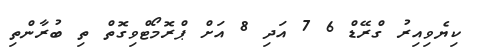
ކިޔެވިއިރު ގްރޭޑް 6 7 އަދި 8 އަށް ޕްރޮމޯޓްވިގޮތް ތި ބުރާންތި